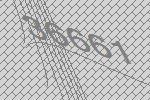
36661